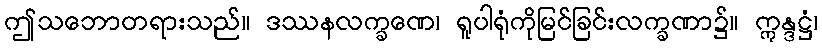
ဤသဘောတရားသည်။ ဒဿနလက္ခဏေ၊ ရူပါရုံကိုမြင်ခြင်းလက္ခဏာ၌။ ဣန္ဒဋ္ဌံ၊